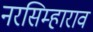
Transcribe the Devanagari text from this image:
नरसिम्हाराव